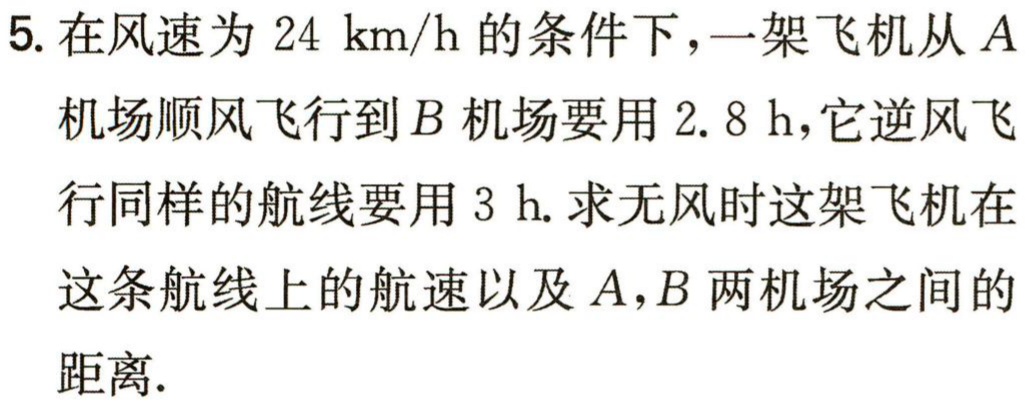
5. 在风速为 \(24\mathrm{\ km/h}\) 的条件下，一架飞机从 \(A\) 机场顺风飞行到 \(B\) 机场要用 \(2.8\mathrm{\ h}\)，它逆风飞行同样的航线要用 \(3\mathrm{\ h}\). 求无风时这架飞机在这条航线上的航速以及 \(A\)，\(B\) 两机场之间的距离.